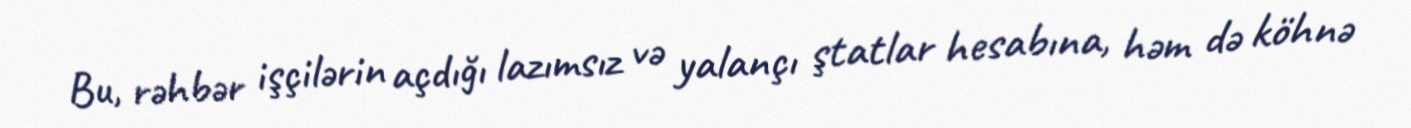
Bu, rəhbər işçilərin açdığı lazımsız və yalançı ştatlar hesabına, həm də köhnə